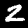
Label: 2